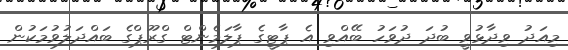
މިއަދު ވިދާޅުވީ ބުދަ ދުވަހު ބޭއްވި އެ ޕާޓީގެ ޕާލަމެންޓް ގްރޫޕްގެ ބައްދަލުވުމަކުން